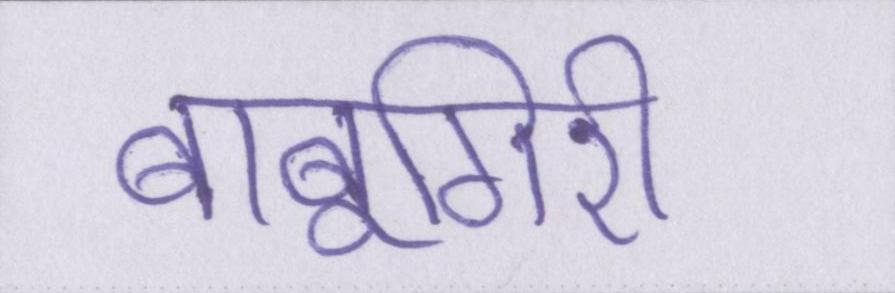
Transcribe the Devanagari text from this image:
बाबूगिरी